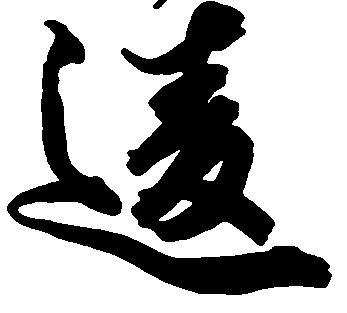
違